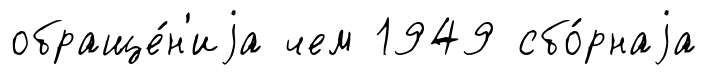
обраще́н'иjа чем 1949 сбо́рнаjа